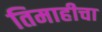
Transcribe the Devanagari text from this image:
तिमाहीचा